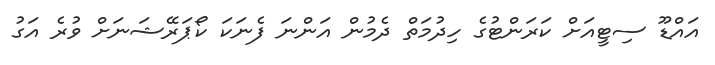
އައްޑޫ ސިޓީއަށް ކަރަންޓުގެ ހިދުމަތް ދެމުން އަންނަ ފެނަކަ ކޯޕަރޭޝަނަށް ވުރެ އަގު